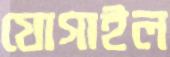
যোগাইল